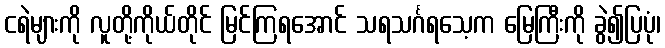
ငရဲများကို လူတို့ကိုယ်တိုင် မြင်ကြရအောင် သရသင်္ဂရသေ့က မြေကြီးကို ခွဲ၍ပြပုံ၊